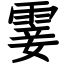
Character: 霎